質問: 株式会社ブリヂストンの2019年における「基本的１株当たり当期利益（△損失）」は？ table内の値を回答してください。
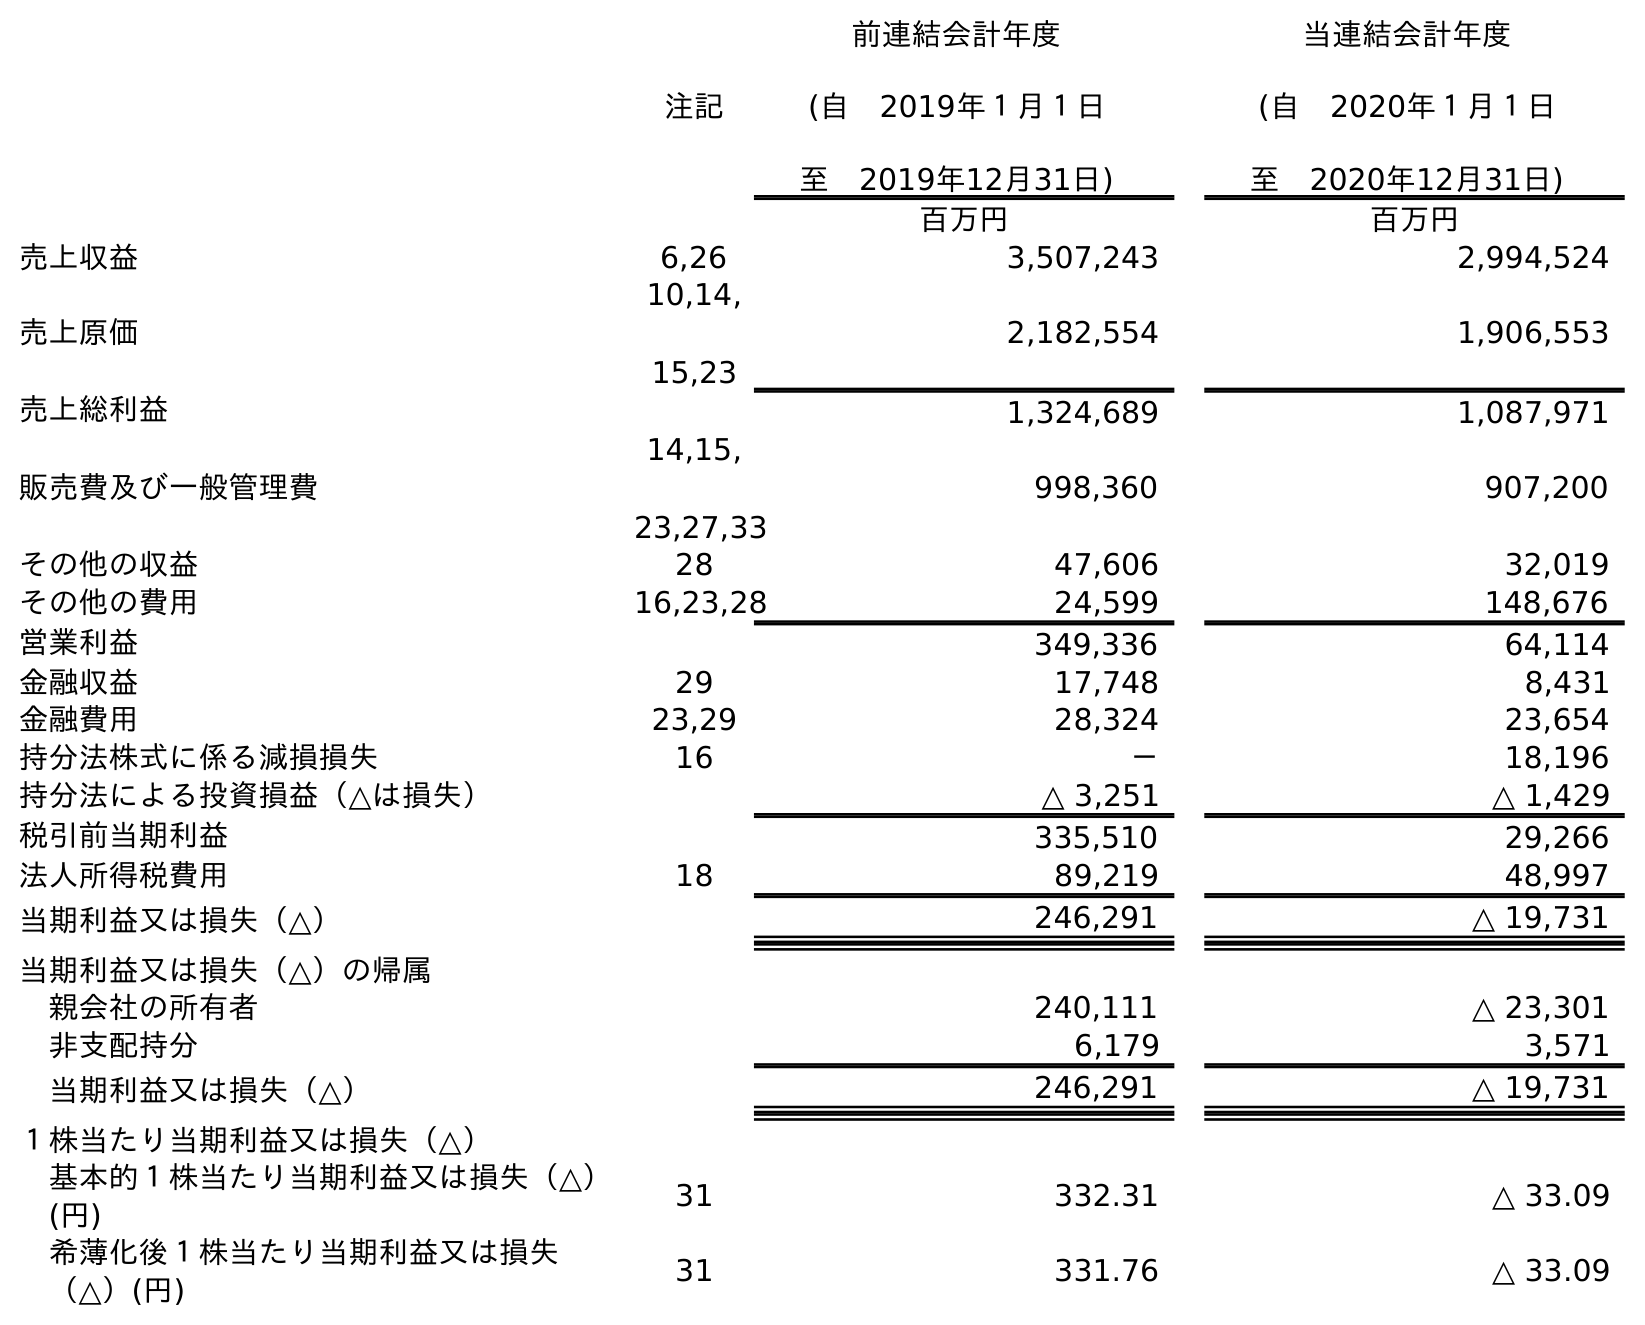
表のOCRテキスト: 注記 前連結会計年度 (自 2019年１月１日 至 2019年12月31日) 当連結会計年度 (自 2020年１月１日 至 2020年12月31日) 百万円 百万円 売上収益 6,26 3,507,243 2,994,524 売上原価 10,14, 15,23 2,182,554 1,906,553 売上総利益 1,324,689 1,087,971 販売費及び一般管理費 14,15, 23,27,33 998,360 907,200 その他の収益 28 47,606 32,019 その他の費用 16,23,28 24,599 148,676 営業利益 349,336 64,114 金融収益 29 17,748 8,431 金融費用 23,29 28,324 23,654 持分法株式に係る減損損失 16 － 18,196 持分法による投資損益（△は損失） △ 3,251 △ 1,429 税引前当期利益 335,510 29,266 法人所得税費用 18 89,219 48,997 当期利益又は損失（△） 246,291 △ 19,731 当期利益又は損失（△）の帰属 親会社の所有者 240,111 △ 23,301 非支配持分 6,179 3,571 当期利益又は損失（△） 246,291 △ 19,731 １株当たり当期利益又は損失（△） 基本的１株当たり当期利益又は損失（△） (円) 31 332.31 △ 33.09 希薄化後１株当たり当期利益又は損失 （△）(円) 31 331.76 △ 33.09
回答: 332.31